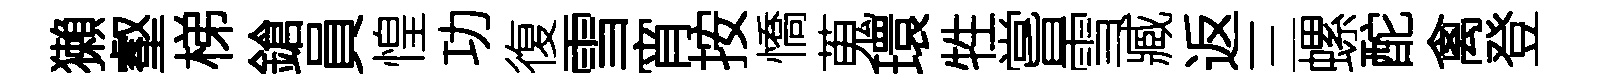
獺壑梯鎗員惶功復雪宵按憍蒐環牲嘗雪臧返三螺酡禽登